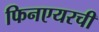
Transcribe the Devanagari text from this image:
फिनएयरची